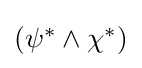
{\textstyle (\psi ^{*}\land \chi ^{*})}